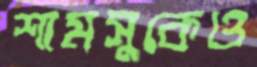
শামসুকেও